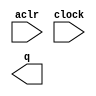
// megafunction wizard: %LPM_COUNTER%VBB%
// GENERATION: STANDARD
// VERSION: WM1.0
// MODULE: LPM_COUNTER 

// ============================================================
// Megafunction Name(s):
// 			LPM_COUNTER
//
// Simulation Library Files(s):
// 			lpm
// ============================================================
// ************************************************************
// THIS IS A WIZARD-GENERATED FILE. DO NOT EDIT THIS FILE!
//
// 21.1.0 Build 842 10/21/2021 SJ Lite Edition
// ************************************************************

//Copyright (C) 2021  Intel Corporation. All rights reserved.
//Your use of Intel Corporation's design tools, logic functions 
//and other software and tools, and any partner logic 
//functions, and any output files from any of the foregoing 
//(including device programming or simulation files), and any 
//associated documentation or information are expressly subject 
//to the terms and conditions of the Intel Program License 
//Subscription Agreement, the Intel Quartus Prime License Agreement,
//the Intel FPGA IP License Agreement, or other applicable license
//agreement, including, without limitation, that your use is for
//the sole purpose of programming logic devices manufactured by
//Intel and sold by Intel or its authorized distributors.  Please
//refer to the applicable agreement for further details, at
//https://fpgasoftware.intel.com/eula.

module LPM_COUNTER1 (
	aclr,
	clock,
	q);

	input	  aclr;
	input	  clock;
	output	[3:0]  q;

endmodule

// ============================================================
// CNX file retrieval info
// ============================================================
// Retrieval info: PRIVATE: ACLR NUMERIC "1"
// Retrieval info: PRIVATE: ALOAD NUMERIC "0"
// Retrieval info: PRIVATE: ASET NUMERIC "0"
// Retrieval info: PRIVATE: ASET_ALL1 NUMERIC "1"
// Retrieval info: PRIVATE: CLK_EN NUMERIC "0"
// Retrieval info: PRIVATE: CNT_EN NUMERIC "0"
// Retrieval info: PRIVATE: CarryIn NUMERIC "0"
// Retrieval info: PRIVATE: CarryOut NUMERIC "0"
// Retrieval info: PRIVATE: Direction NUMERIC "0"
// Retrieval info: PRIVATE: INTENDED_DEVICE_FAMILY STRING "MAX II"
// Retrieval info: PRIVATE: ModulusCounter NUMERIC "0"
// Retrieval info: PRIVATE: ModulusValue NUMERIC "0"
// Retrieval info: PRIVATE: SCLR NUMERIC "0"
// Retrieval info: PRIVATE: SLOAD NUMERIC "0"
// Retrieval info: PRIVATE: SSET NUMERIC "0"
// Retrieval info: PRIVATE: SSET_ALL1 NUMERIC "1"
// Retrieval info: PRIVATE: SYNTH_WRAPPER_GEN_POSTFIX STRING "0"
// Retrieval info: PRIVATE: nBit NUMERIC "4"
// Retrieval info: PRIVATE: new_diagram STRING "1"
// Retrieval info: LIBRARY: lpm lpm.lpm_components.all
// Retrieval info: CONSTANT: LPM_DIRECTION STRING "UP"
// Retrieval info: CONSTANT: LPM_PORT_UPDOWN STRING "PORT_UNUSED"
// Retrieval info: CONSTANT: LPM_TYPE STRING "LPM_COUNTER"
// Retrieval info: CONSTANT: LPM_WIDTH NUMERIC "4"
// Retrieval info: USED_PORT: aclr 0 0 0 0 INPUT NODEFVAL "aclr"
// Retrieval info: USED_PORT: clock 0 0 0 0 INPUT NODEFVAL "clock"
// Retrieval info: USED_PORT: q 0 0 4 0 OUTPUT NODEFVAL "q[3..0]"
// Retrieval info: CONNECT: @aclr 0 0 0 0 aclr 0 0 0 0
// Retrieval info: CONNECT: @clock 0 0 0 0 clock 0 0 0 0
// Retrieval info: CONNECT: q 0 0 4 0 @q 0 0 4 0
// Retrieval info: GEN_FILE: TYPE_NORMAL LPM_COUNTER1.v TRUE
// Retrieval info: GEN_FILE: TYPE_NORMAL LPM_COUNTER1.inc FALSE
// Retrieval info: GEN_FILE: TYPE_NORMAL LPM_COUNTER1.cmp FALSE
// Retrieval info: GEN_FILE: TYPE_NORMAL LPM_COUNTER1.bsf FALSE
// Retrieval info: GEN_FILE: TYPE_NORMAL LPM_COUNTER1_inst.v FALSE
// Retrieval info: GEN_FILE: TYPE_NORMAL LPM_COUNTER1_bb.v TRUE
// Retrieval info: LIB_FILE: lpm